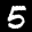
Label: 5